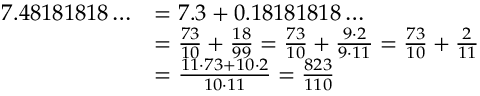
{ \begin{array} { r l } { 7 . 4 8 1 8 1 8 1 8 \ldots } & { = 7 . 3 + 0 . 1 8 1 8 1 8 1 8 \ldots } \\ & { = { \frac { 7 3 } { 1 0 } } + { \frac { 1 8 } { 9 9 } } = { \frac { 7 3 } { 1 0 } } + { \frac { 9 \cdot 2 } { 9 \cdot 1 1 } } = { \frac { 7 3 } { 1 0 } } + { \frac { 2 } { 1 1 } } } \\ & { = { \frac { 1 1 \cdot 7 3 + 1 0 \cdot 2 } { 1 0 \cdot 1 1 } } = { \frac { 8 2 3 } { 1 1 0 } } } \end{array} }